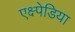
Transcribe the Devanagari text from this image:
एक्ष्पेडिया